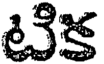
టిక